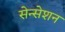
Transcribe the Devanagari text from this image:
सेन्सेशन